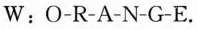
W : O-R-A-N-G-E.